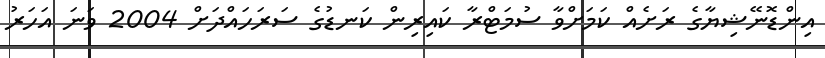
އިންޑޮނޭޝިޔާގެ ރަށެއް ކަމަށްވާ ސުމަޓްރާ ކައިރިން ކަނޑުގެ ސަރަހައްދަށް 2004 ވަނަ އަހަރު